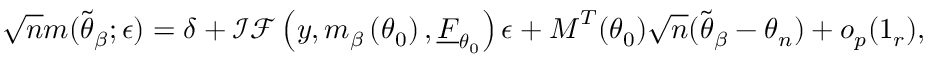
\sqrt { n } \boldsymbol { m } ( \widetilde { \boldsymbol { \theta } } _ { \beta } ; \epsilon ) = \boldsymbol { \delta } + \mathcal { I F } \left( \boldsymbol { y } , \boldsymbol { m } _ { \beta } \left( \boldsymbol { \theta } _ { 0 } \right) , \underline { { F } } _ { \boldsymbol { \theta } _ { 0 } } \right) \epsilon + \boldsymbol { M } ^ { T } ( \boldsymbol { \theta } _ { 0 } ) \sqrt { n } ( \widetilde { \boldsymbol { \theta } } _ { \beta } - \boldsymbol { \theta } _ { n } ) + o _ { p } ( \boldsymbol { 1 } _ { r } ) ,